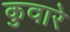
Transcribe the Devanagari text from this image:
कुवारे